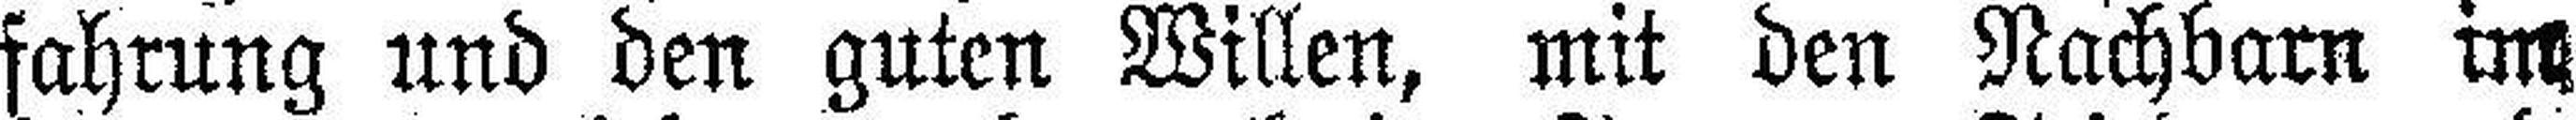
fahrung und den guten Willen, mit den Nachbarn im